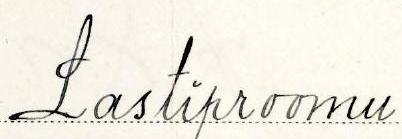
Lastiproomu